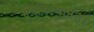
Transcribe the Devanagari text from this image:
भुषविल्यानंतर